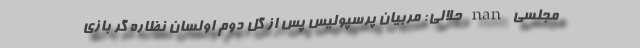
مجلسی nan حلالی: مربیان پرسپولیس پس از گل دوم اولسان نظاره گر بازی